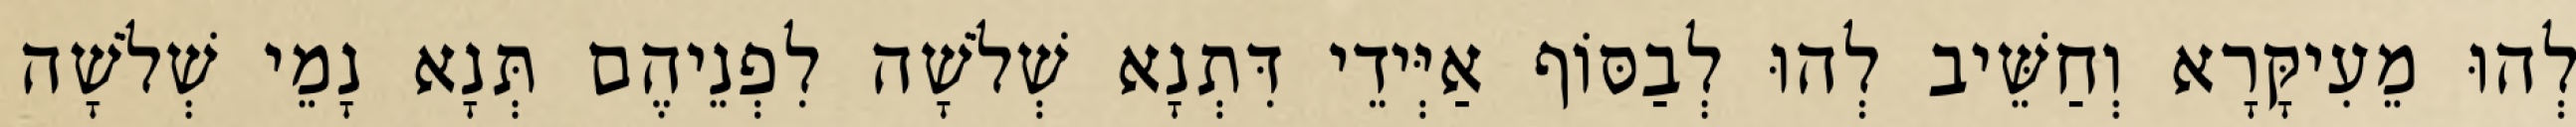
לְהוּ מֵעִיקָּרָא וְחַשֵּׁיב לְהוּ לְבַסּוֹף אַיְּידֵי דִּתְנָא שְׁלֹשָׁה לִפְנֵיהֶם תְּנָא נָמֵי שְׁלֹשָׁה